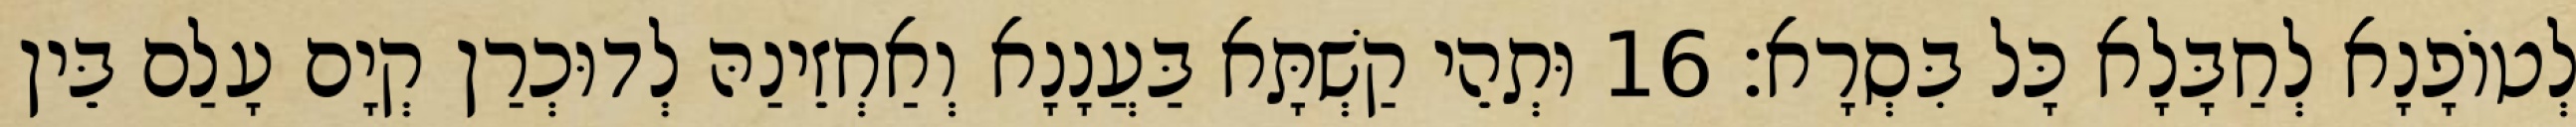
לְטוֹפָנָא לְחַבָּלָא כָּל בִּסְרָא׃ 16 וּתְהֵי קַשְׁתָּא בַּעֲנָנָא וְאַחְזֵינַהּ לְדוּכְרַן קְיָם עָלַם בֵּין